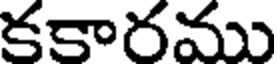
కకారము